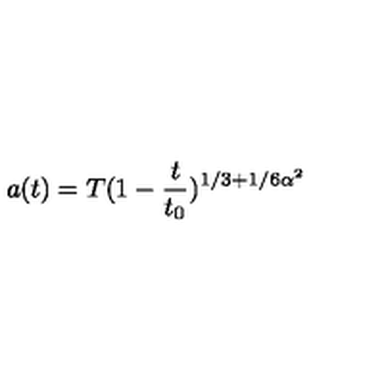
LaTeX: a ( t ) = T ( 1 - \frac { t } { t _ { 0 } } ) ^ { 1 / 3 + 1 / 6 \alpha ^ { 2 } }